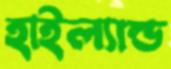
হাইল্যাল্ড